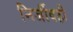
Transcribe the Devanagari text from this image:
निर्जीवही